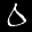
Label: 0